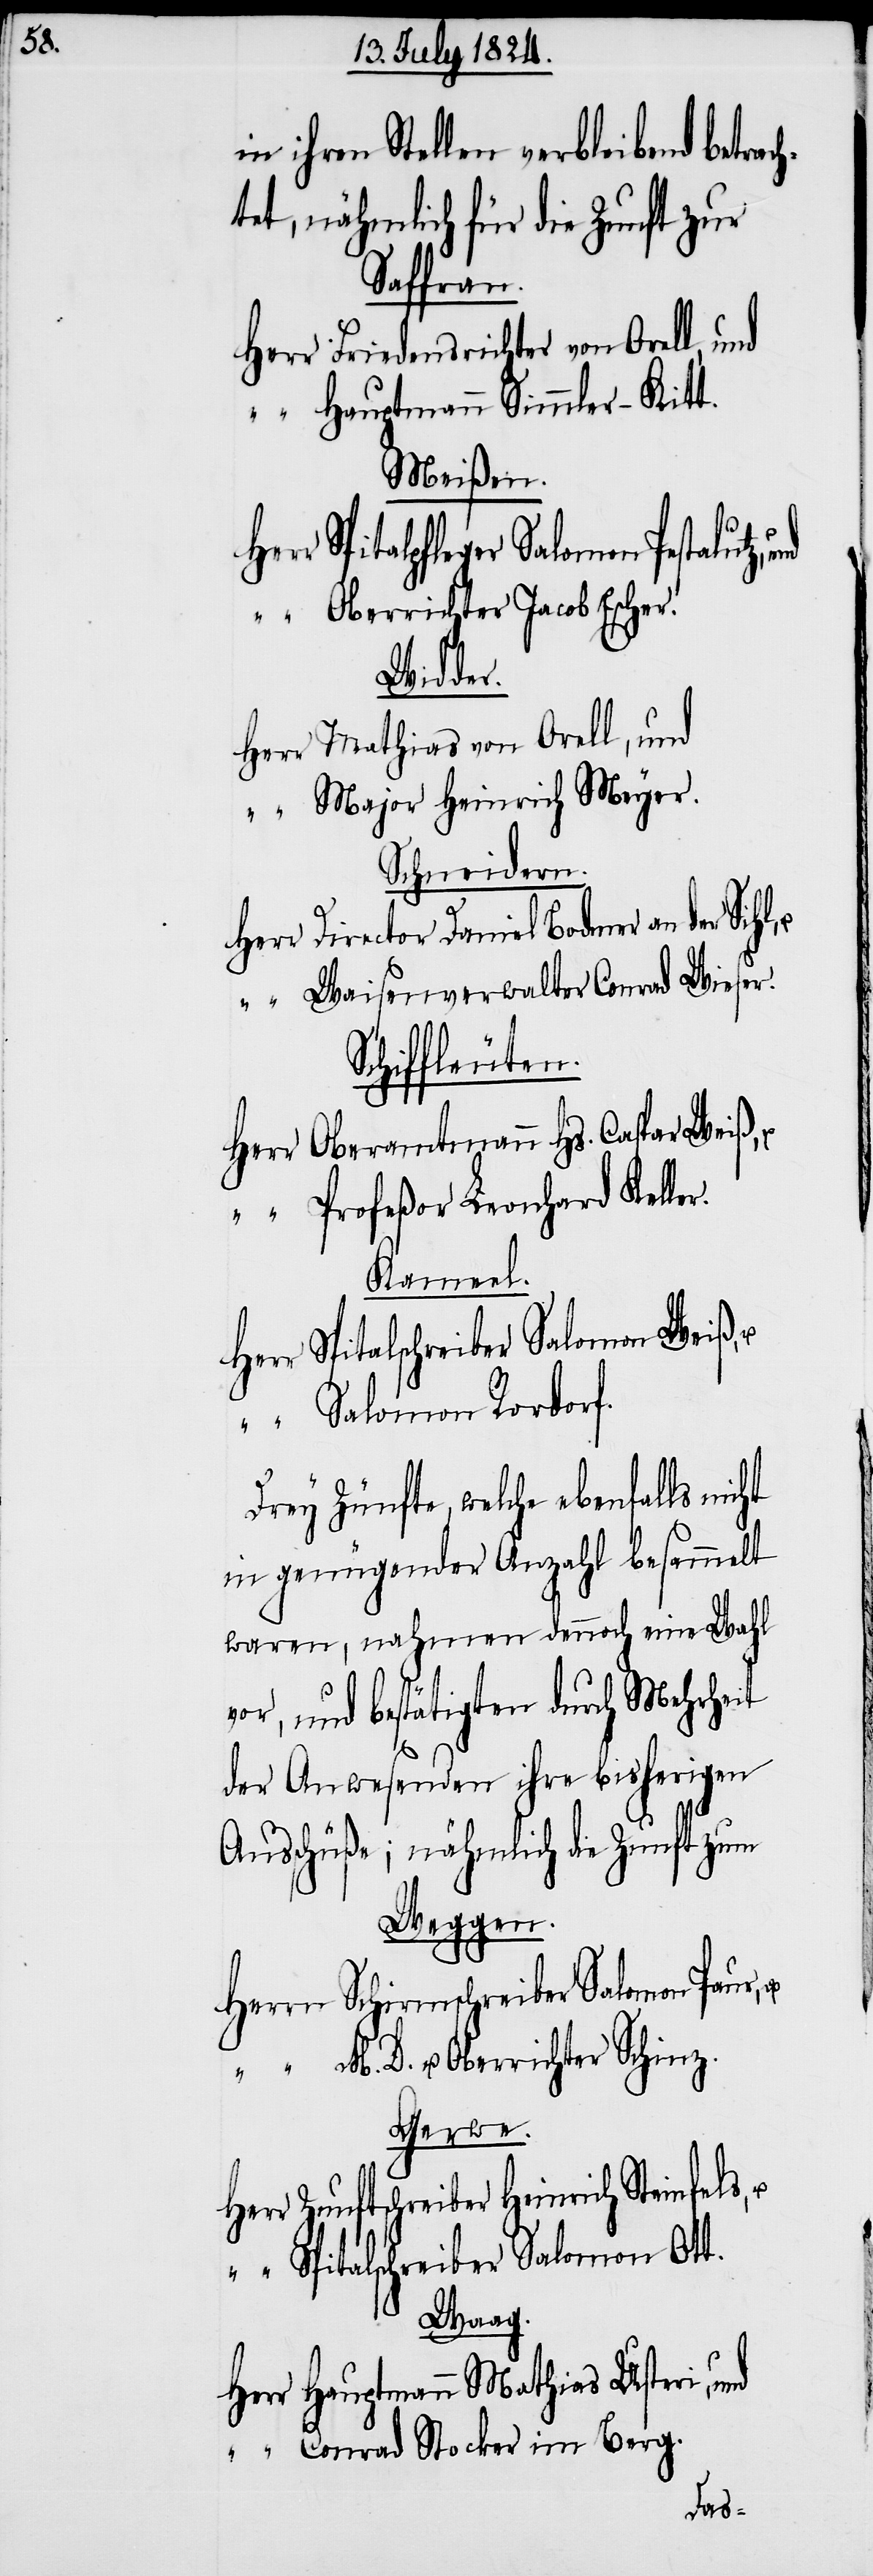
in ihren Stellen verbleibend betrac¬
htet, nähmlich für die Zunft zur
Saffran.
Herr Friedensrichter von Orell, und
“ Hauptmann Simmler-Kitt.
Meißen.
r Spitalpfleger Salomon Pestalutz,
“ Oberrichter Jacob Escher.
Widder.
Herr Mathias von Orell, und
“ Major Heinrich Meyer.
Schneidern.
Herr Director Daniel Bodmer an der Sihl,
“ Waisenverwalter Conrad Wieser.
Schiffleuten.
Herr Oberamtmann Hs. Caspar Weiß,
“ Profeßor Leonhard Keller.
Kameel.
Herr Spitalschreiber Salomon Weiß,
“ Salomon Rordorf.
Drey Zünfte, welche ebenfalls nicht
in genügender Anzahl besammelt
waren, nahmen dennoch eine Wahl
vor, und bestätigten durch Mehrheit
der Anwesenden ihre bisherigen
Ausschüße; nähmlich die Zunft zum
Weggen.
Herrn Schirmschreiber Salomon Paus,
“ M. D. u. Oberrichter Schinz.
Gerwe.
Herr Zunftschreiber Heinrich Steinfels,
“ Spitalschreiber Salomon Ott.
Waag.
Herr Hauptmann Mathias Usteri, und
im B¬
erg.